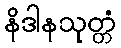
နိဒါနသုတ္တံ